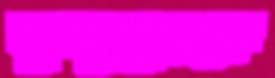
কুদ্দুসুরকে